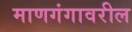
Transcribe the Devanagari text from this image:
माणगंगावरील